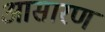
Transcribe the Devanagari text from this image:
आसारण